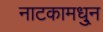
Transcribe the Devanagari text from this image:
नाटकामधु्न